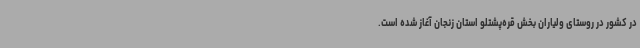
در کشور در روستای ولیاران بخش قره‌پشتلو استان زنجان آغاز شده است.